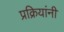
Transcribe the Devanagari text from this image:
प्रक्रियांनी